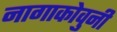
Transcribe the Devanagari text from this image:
नागाकोवुनी